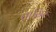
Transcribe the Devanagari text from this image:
तासिर